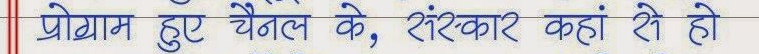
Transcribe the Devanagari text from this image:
प्रोग्राम हुए चैनल के, रिकार कहाँ से हो